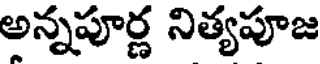
అన్నపూర్ణ నిత్యపూజ